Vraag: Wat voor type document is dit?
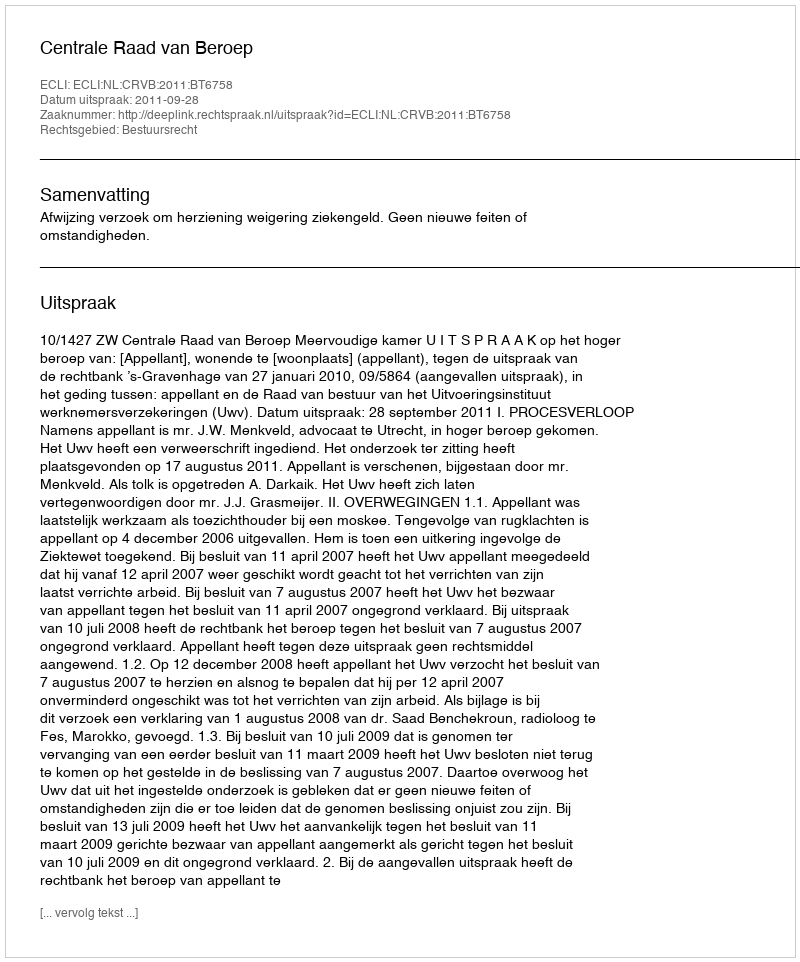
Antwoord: Uitspraak